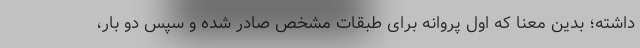
داشته؛ بدین معنا که اول پروانه برای طبقات مشخص صادر شده و سپس دو بار،